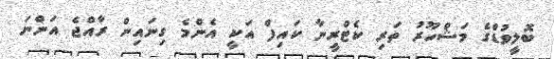
ބޮލީވުޑްގެ މަޝްހޫރު ތަރި ކެޓްރީނާ ކައިފް އަކީ އެންމެ ގިނައިން ރާއްޖެ އަންނަ